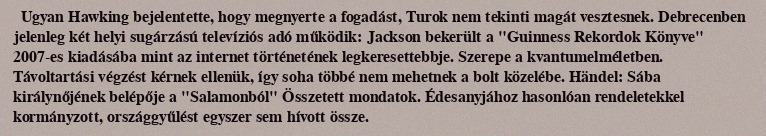
Ugyan Hawking bejelentette, hogy megnyerte a fogadást, Turok nem tekinti magát vesztesnek. Debrecenben jelenleg két helyi sugárzású televíziós adó működik: Jackson bekerült a "Guinness Rekordok Könyve" 2007-es kiadásába mint az internet történetének legkeresettebbje. Szerepe a kvantumelméletben. Távoltartási végzést kérnek ellenük, így soha többé nem mehetnek a bolt közelébe. Händel: Sába királynőjének belépője a "Salamonból" Összetett mondatok. Édesanyjához hasonlóan rendeletekkel kormányzott, országgyűlést egyszer sem hívott össze.